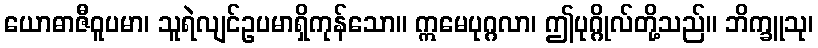
ယောဓာဇီဝူပမာ၊ သူရဲလျင်ဥပမာရှိကုန်သော။ ဣမေပုဂ္ဂလာ၊ ဤပုဂ္ဂိုလ်တို့သည်။ ဘိက္ခူသု၊